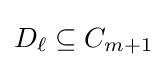
D_{\ell }\subseteq C_{m+1}